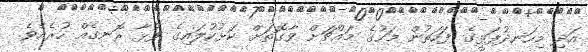
އަދި މިހަނދުފަޅީގެ ފަހަތުން މަހުގެ މައްޗަށް ވާގޮތަށް ކަޅުކުލައިގެ ފުޅާ ރޮނގެއް ހުރެއެވެ.